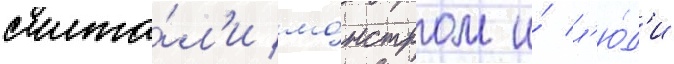
счита́л'и мо́нстром и́ л'ю́д'и